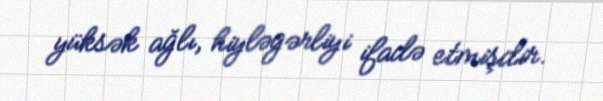
yüksək ağlı, hiyləgərliyi ifadə etmişdir.